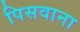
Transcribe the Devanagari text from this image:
पिसवाना